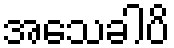
အသေခါပိ